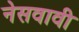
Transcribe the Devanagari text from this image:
नेसवावी